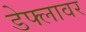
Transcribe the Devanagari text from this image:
डेफ्लावर